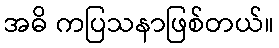
အဓိ ကပြသနာဖြစ်တယ်။